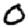
Digit: 0